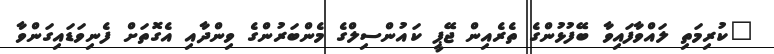
"ކުރިމަތި ލައްވާފައިވާ ބޭފުޅުންގެ ތެރެއިން ޖޭޕީ ކައުންސިލްގެ މެންބަރުންގެ ވިންދާއި އެގޮތަށް ފެނިވަޑައިގަންވާ